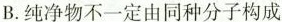
B.纯净物不一定由同种分子构成